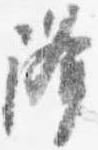
降